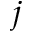
^ { j }